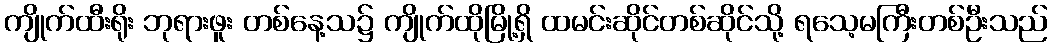
ကျိုက်ထီးရိုး ဘုရားဖူး တစ်နေ့သ၌ ကျိုက်ထိုမြို့ရှိ ထမင်းဆိုင်တစ်ဆိုင်သို့ ရသေ့မကြီးတစ်ဦးသည်